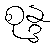
စုန္ဒ